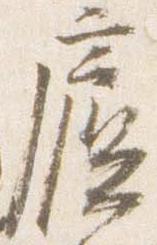
廬